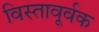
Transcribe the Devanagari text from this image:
विस्तावूर्वक